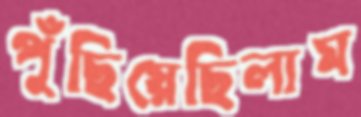
পুঁছিয়েছিলাম